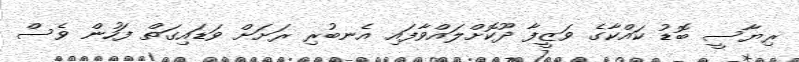
ރިޔާސީ ބޮޑު ކައްކާގެ ވަޒީފާ ދޫކޮށްލައްވާފައި އެނބުރި ރަށަށް ވަޑައިގަތް ފަހުން ވެސް